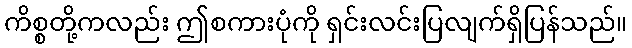
ကိစ္စတို့ကလည်း ဤစကားပုံကို ရှင်းလင်းပြလျက်ရှိပြန်သည်။